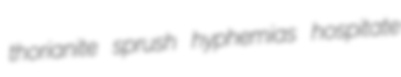
thorianite sprush hyphemias hospitate